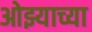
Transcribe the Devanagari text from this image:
ओझ्याच्या